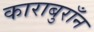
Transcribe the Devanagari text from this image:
काराबुराँन